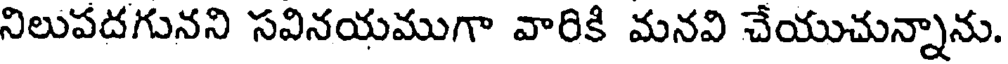
నిలుపదగునని సవినయముగా వారికి మనవి చేయుచున్నాను.